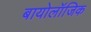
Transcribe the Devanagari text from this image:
बायोलॉजिक